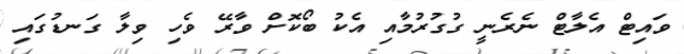
ވައިޓް އެލާޓް ނެރެނީ ގުގުރުމާއި އެކު ބޯކޮށް ވާރޭ ވެހި ވިލާ ގަނޑުގައި